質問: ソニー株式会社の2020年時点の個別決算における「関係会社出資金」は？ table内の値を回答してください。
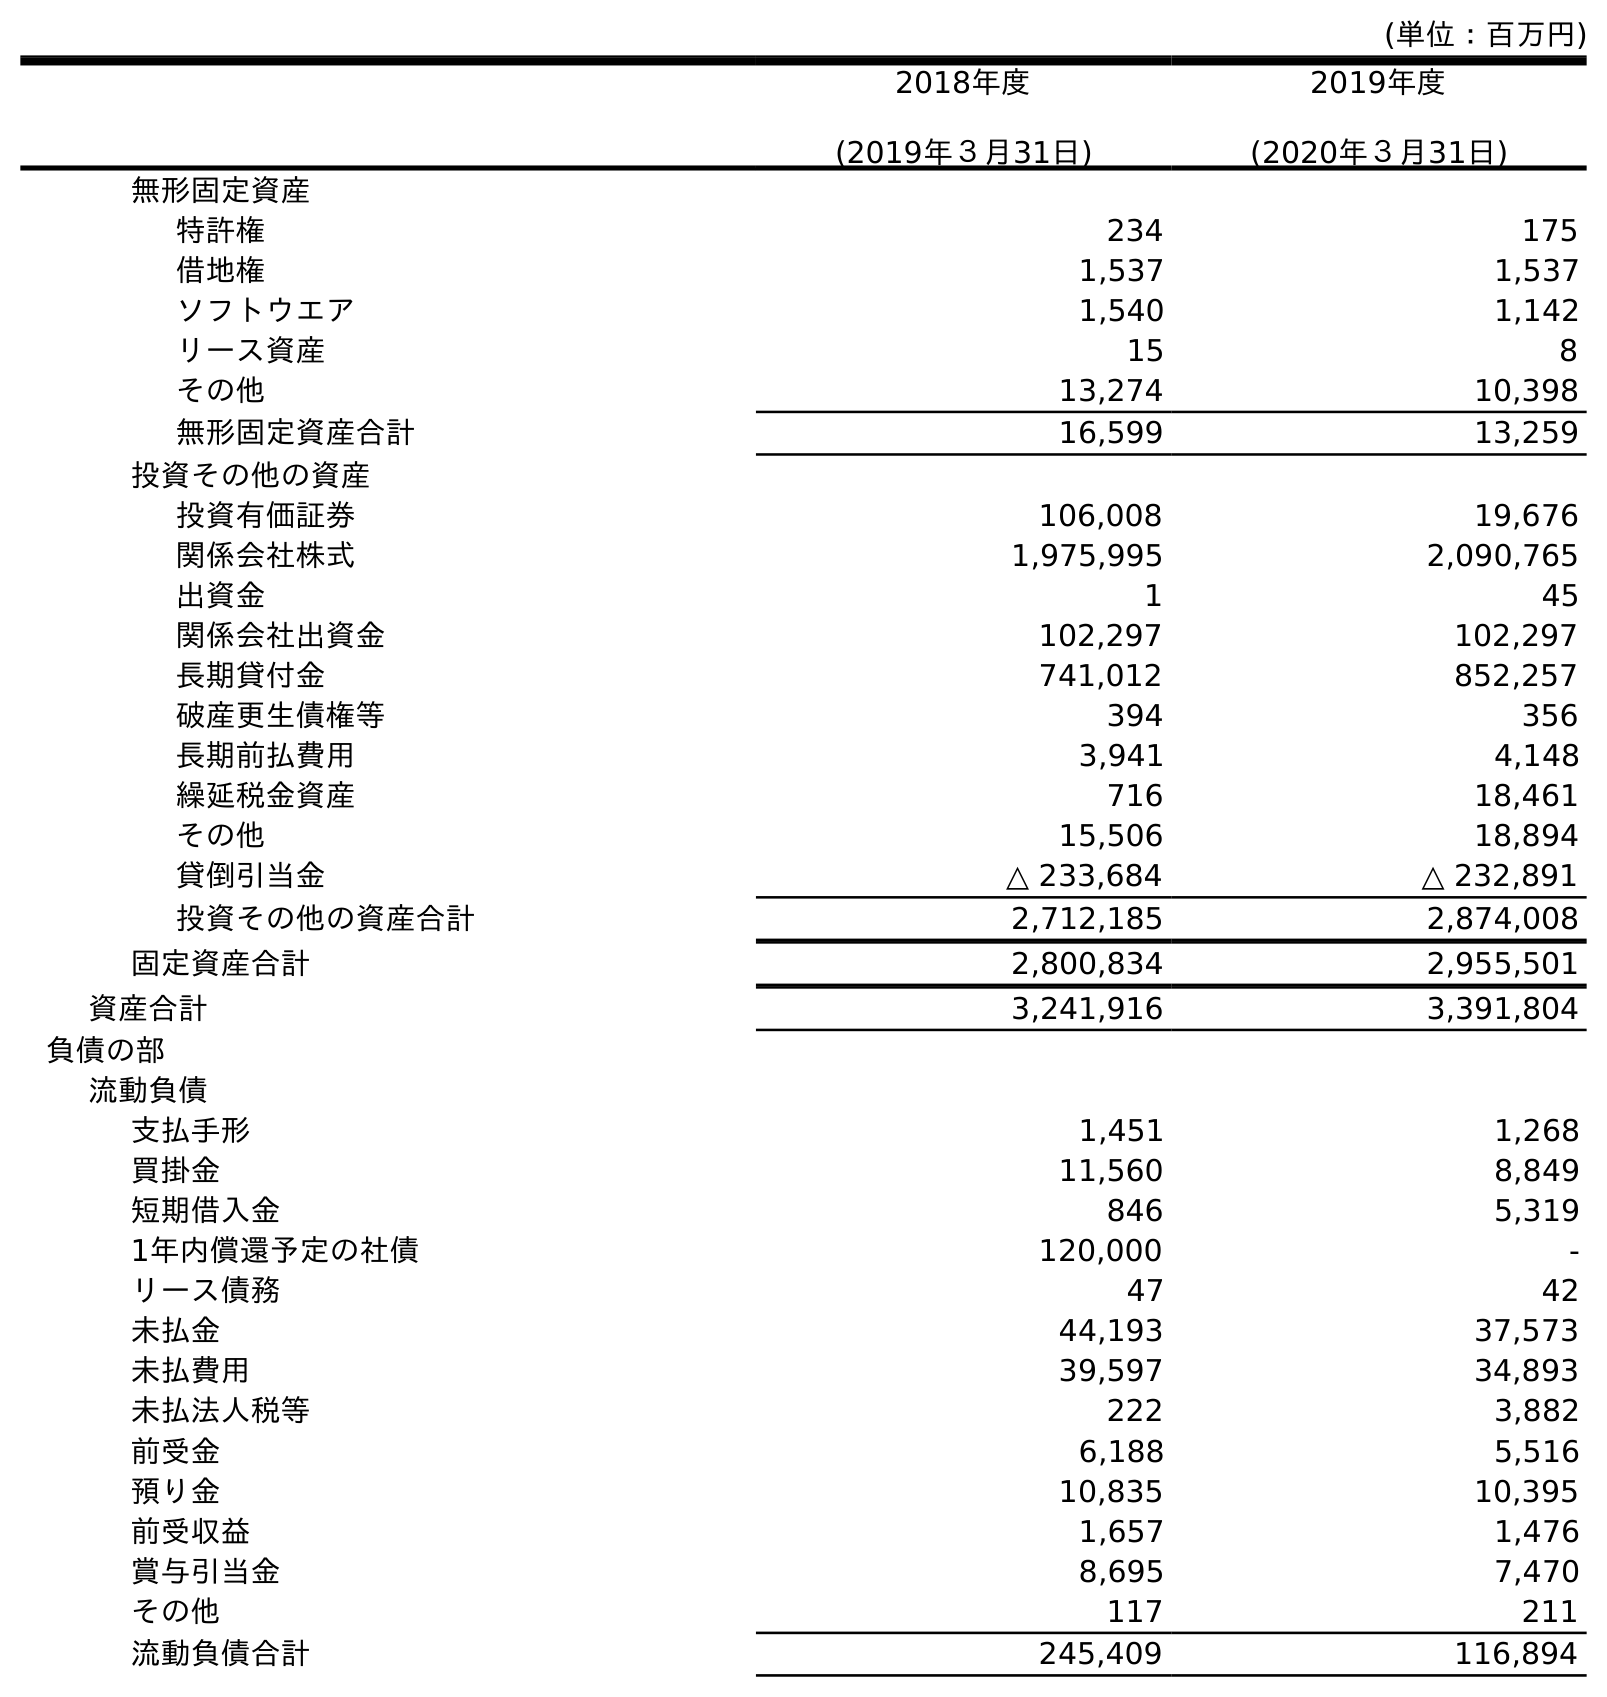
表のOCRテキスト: (単位：百万円) 2018年度 (2019年３月31日) 2019年度 (2020年３月31日) 無形固定資産 特許権 234 175 借地権 1,537 1,537 ソフトウエア 1,540 1,142 リース資産 15 8 その他 13,274 10,398 無形固定資産合計 16,599 13,259 投資その他の資産 投資有価証券 106,008 19,676 関係会社株式 1,975,995 2,090,765 出資金 1 45 関係会社出資金 102,297 102,297 長期貸付金 741,012 852,257 破産更生債権等 394 356 長期前払費用 3,941 4,148 繰延税金資産 716 18,461 その他 15,506 18,894 貸倒引当金 △ 233,684 △ 232,891 投資その他の資産合計 2,712,185 2,874,008 固定資産合計 2,800,834 2,955,501 資産合計 3,241,916 3,391,804 負債の部 流動負債 支払手形 1,451 1,268 買掛金 11,560 8,849 短期借入金 846 5,319 1年内償還予定の社債 120,000 - リース債務 47 42 未払金 44,193 37,573 未払費用 39,597 34,893 未払法人税等 222 3,882 前受金 6,188 5,516 預り金 10,835 10,395 前受収益 1,657 1,476 賞与引当金 8,695 7,470 その他 117 211 流動負債合計 245,409 116,894
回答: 102,297